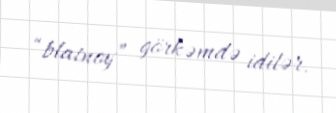
“blatnoy” görkəmdə idilər.